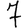
Digit: 7